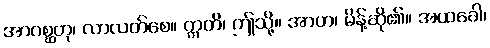
အာဂစ္ဆတု၊ လာလတ်စေ။ ဣတိ၊ ဤသို့။ အာဟ၊ မိန့်ဆို၏။ အထခေါ၊